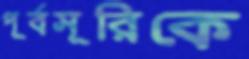
পূর্বসূরিকে